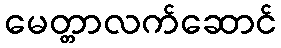
မေတ္တာလက်ဆောင်